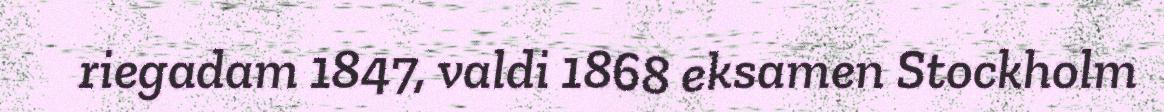
riegadam 1847, valdi 1868 eksamen Stockholm